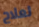
لعلاج